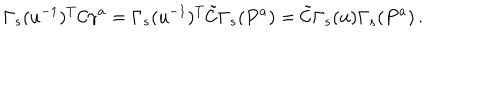
\Gamma _ { s } ( u ^ { - 1 } ) ^ { T } \mathcal { C } \gamma ^ { a } = \Gamma _ { s } ( u ^ { - 1 } ) ^ { T } \tilde { \mathcal { C } } \Gamma _ { s } ( P ^ { a } ) = \tilde { \mathcal { C } } \Gamma _ { s } ( u ) \Gamma _ { s } ( P ^ { a } ) \, .